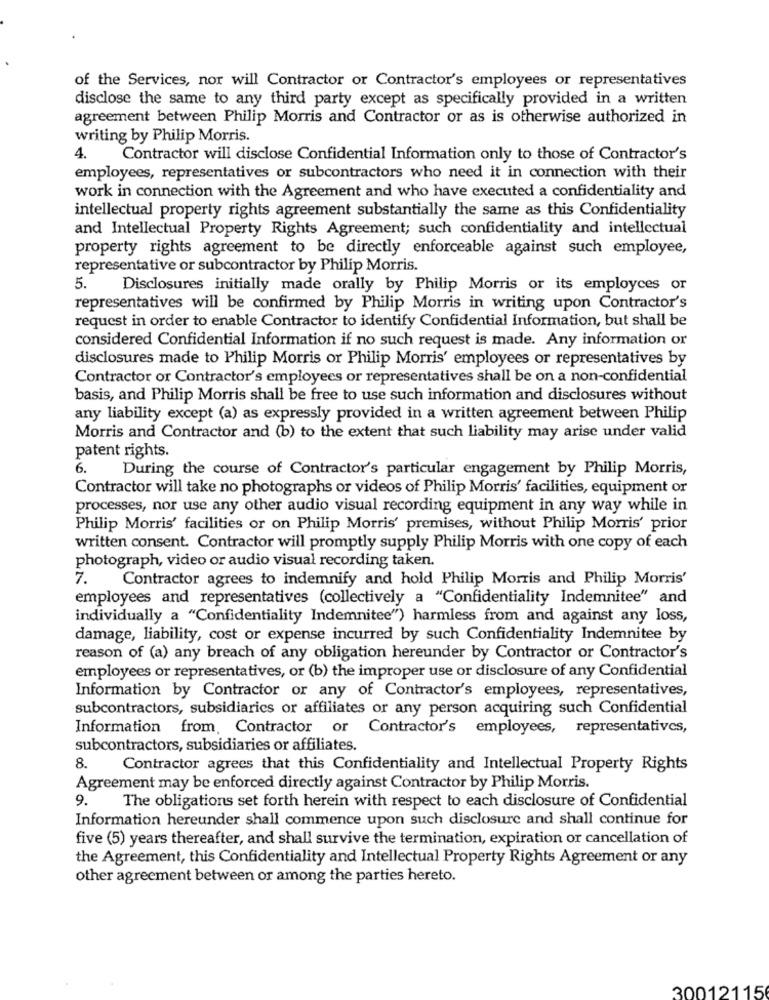
of the Services, nor will Contractor or Contractor's employees or representatives
disclose the same to any third party except as specifically provided in a written
agreement between Philip Morris and Contractor or as is otherwise authorized in
writing by Philip Morris.
4.
Contractor will disclose Confidential Information only to those of Contractor's
employees, representatives or subcontractors who need it in connection with their
work in connection with the Agreement and who have executed a confidentiality and
intellectual property rights agreement substantially the same as this Confidentiality
and Intellectual Property Rights Agreement; such confidentiality and intellectual
property rights agreement to be directly enforceable against such employee,
representative or subcontractor by Philip Morris.
5.
Disclosures initially made orally by Philip Morris or its employees or
representatives will be confirmed by Philip Morris in writing upon Contractor's
request in order to enable Contractor to identify Confidential Information, but shall be
considered Confidential Information if no such request is made. Any information or
disclosures made to Philip Morris or Philip Morris' employees or representatives by
Contractor or Contractor's employees or representatives shall be on a non-confidential
basis, and Philip Morris shall be free to use such information and disclosures without
any liability except (a) as expressly provided in a written agreement between Philip
Morris and Contractor and (b) to the extent that such liability may arise under valid
patent rights.
6. During the course of Contractor's particular engagement by Philip Morris,
Contractor will take no photographs or videos of Philip Morris' facilities, equipment or
processes, nor use any other audio visual recording equipment in any way while in
Philip Morris' facilities or on Philip Morris' premises, without Philip Morris' prior
written consent. Contractor will promptly supply Philip Morris with one copy of each
photograph, video or audio visual recording taken.
7.
Contractor agrees to indemnify and hold Philip Morris and Philip Morris'
employees and representatives (collectively a "Confidentiality Indemnitee" and
individually a "Confidentiality Indemnitee") harmless from and against any loss,
damage, liability, cost or expense incurred by such Confidentiality Indemnitee by
reason of (a) any breach of any obligation hereunder by Contractor or Contractor's
employees or representatives, or (b) the improper use or disclosure of any Confidential
Information by Contractor or any of Contractor's employees, representatives,
subcontractors, subsidiaries or affiliates or any person acquiring such Confidential
Information from, Contractor or Contractor's employees, representatives,
subcontractors, subsidiaries or affiliates.
8.
Contractor agrees that this Confidentiality and Intellectual Property Rights
Agreement may be enforced directly against Contractor by Philip Morris.
9.
The obligations set forth herein with respect to each disclosure of Confidential
Information hereunder shall commence upon such disclosure and shall continue for
five (5) years thereafter, and shall survive the termination, expiration or cancellation of
the Agreement, this Confidentiality and Intellectual Property Rights Agreement or any
other agreement between or among the parties hereto.
30012115